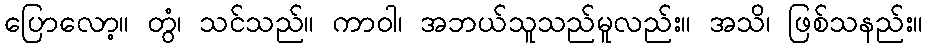
ပြောလော့။ တွံ၊ သင်သည်။ ကာဝါ၊ အဘယ်သူသည်မူလည်း။ အသိ၊ ဖြစ်သနည်း။